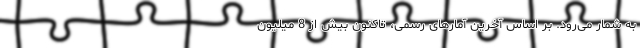
به شمار می‌رود. بر اساس آخرین آمارهای رسمی، تاکنون بیش از 8 میلیون